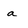
Character: a